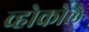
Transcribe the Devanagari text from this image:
व्होकोले